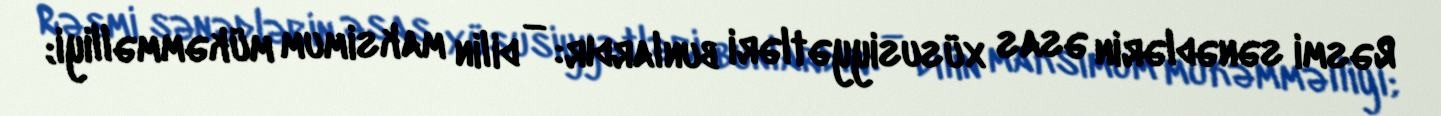
Rəsmi sənədlərin əsas xüsusiyyətləri bunlardır: — dilin maksimum mükəmməlliyi;